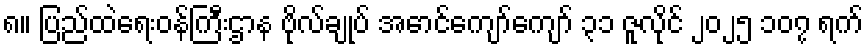
၈။ ပြည်ထဲရေးဝန်ကြီးဌာန ဗိုလ်ချုပ် အောင်ကျော်ကျော် ၃၁ ဇူလိုင် ၂၀၂၅ ၁၀၇ ရက်